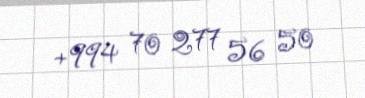
+994 70 277 56 50